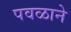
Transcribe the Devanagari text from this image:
पवळाने